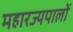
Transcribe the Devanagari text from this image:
महारज्यपालों